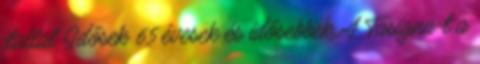
itallal Idősek 65 évesek és idősebbek A Tasigna-t a